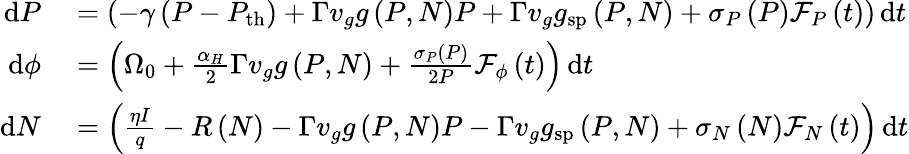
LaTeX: \begin{array}{rl}{\mathrm{d}P}&{{}=\left(-\gamma\left(P-P_{\mathrm{th}}\right)+\Gamma v_{g}g\left(P,N\right)P+\Gamma v_{g}g_{\mathrm{sp}}\left(P,N\right)+\sigma_{P}\left(P\right)\mathcal{F}_{P}\left(t\right)\right)\, \mathrm{d}t}\\ {\mathrm{d}\phi}&{{}=\left(\Omega_{0}+\frac{\alpha_{H}}{2}\Gamma v_{g}g\left(P,N\right)+\frac{\sigma_{P}\left(P\right)}{2P}\mathcal{F}_{\phi}\left(t\right)\right)\, \mathrm{d}t}\\ {\mathrm{d}N}&{{}=\left(\frac{\eta I}{q}-R\left(N\right)-\Gamma v_{g}g\left(P,N\right)P-\Gamma v_{g}g_{\mathrm{sp}}\left(P,N\right)+\sigma_{N}\left(N\right)\mathcal{F}_{N}\left(t\right)\right)\, \mathrm{d}t}\end{array}